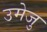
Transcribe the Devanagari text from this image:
उमेजु